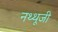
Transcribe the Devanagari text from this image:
नथ्थूजी